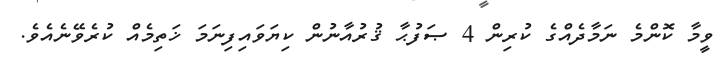
ވީމާ ކޮންމެ ނަމާދެއްގެ ކުރިން 4 ޞަފުޙާ ޤުރުއާނުން ކިޔަވައިފިނަމަ ޚަތިމެއް ކުރެވޭނެއެވެ.